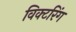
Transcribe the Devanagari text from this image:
विक्टरिंग